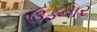
ઉડનાર